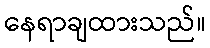
နေရာချထားသည်။